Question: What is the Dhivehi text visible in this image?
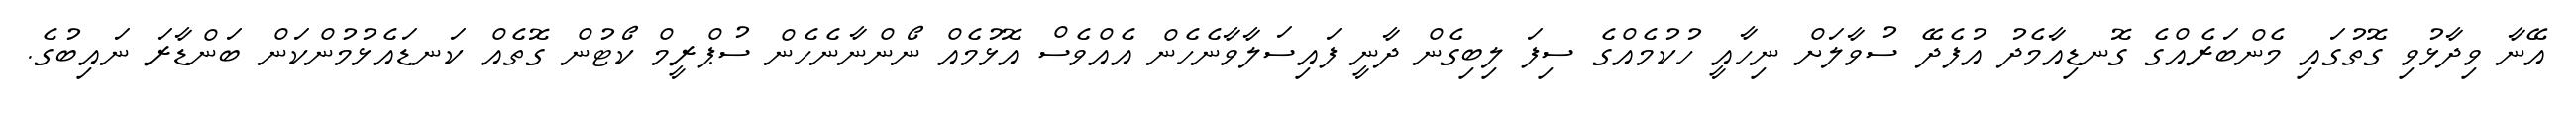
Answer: އޭނާ ވިދާޅުވި ގޮތުގައި މެންބަރެއްގެ ގޮނޑިއާމެދު އުފެދޭ ސުވާލަށް ނިހާއީ ހުކުމެއްގެ ސިފަ ލިބިގެން ދާނީ ފައިސަލާވާނެހެން އެއްވެސް އޮޅުމެއް ނޯންނާނެހެން ސުޕްރީމް ކޯޓުން ގޮތެއް ކަނޑައެޅުމުންކަން ބަންޑާރަ ނައިބުގެ.